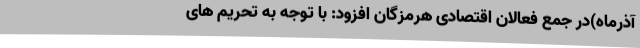
آذرماه)در جمع فعالان اقتصادی هرمزگان افزود: با توجه به تحریم های